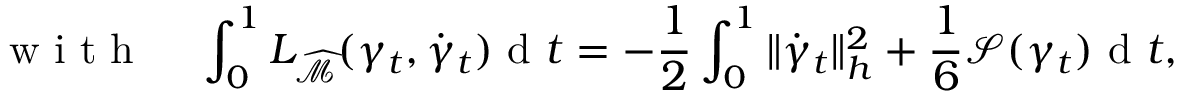
\mathrm { ~ w ~ i ~ t ~ h ~ } \; \; \; \; \int _ { 0 } ^ { 1 } L _ { \widehat { \mathcal { M } } } ( \gamma _ { t } , \dot { \gamma } _ { t } ) \mathrm { ~ d ~ } t = - \frac { 1 } { 2 } \int _ { 0 } ^ { 1 } \| \dot { \gamma } _ { t } \| _ { h } ^ { 2 } + \frac { 1 } { 6 } \mathcal { S } ( \gamma _ { t } ) \mathrm { ~ d ~ } t ,